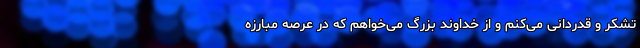
تشکر و قدردانی می‌کنم و از خداوند بزرگ می‌خواهم که در عرصه مبارزه